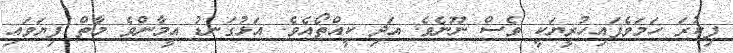
ފިކުރަ ހަމަވެފައިހުރީޔަކީ ވެސް ނޫނެވެ. އަދި ކީއްތޯއެވެ. އަޅުގަނޑު އީމާންވެ މާތް ފިޔަވައި